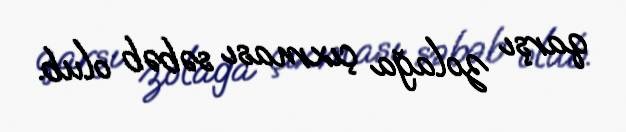
qarşı zolağa çıxması səbəb olub.